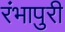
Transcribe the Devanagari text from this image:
रंभापुरी